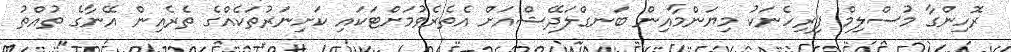
ރޮހިންގާ މުސްލިމް ފިރިހެނަކު މިޔަންމާއިން ބަނގްލަދޭޝްއަށް އެތެރެވުމަށްޓަކައި ކަށިނަރުތަކެއްގެ ތެރެއިން އޭނާގެ ތުއްތު